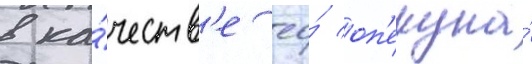
в ка́честв'е ео́ оп'екуна́